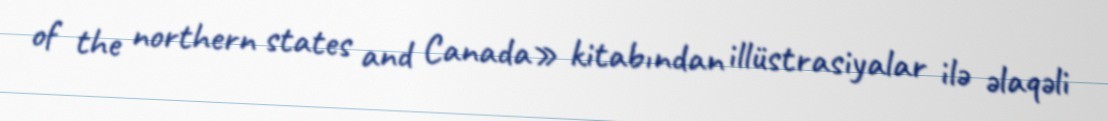
of the northern states and Canada» kitabından illüstrasiyalar ilə əlaqəli